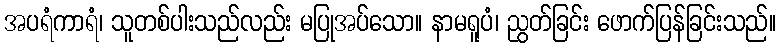
အပရံကာရံ၊ သူတစ်ပါးသည်လည်း မပြုအပ်သော။ နာမရူပံ၊ ညွတ်ခြင်း ဖောက်ပြန်ခြင်းသည်။